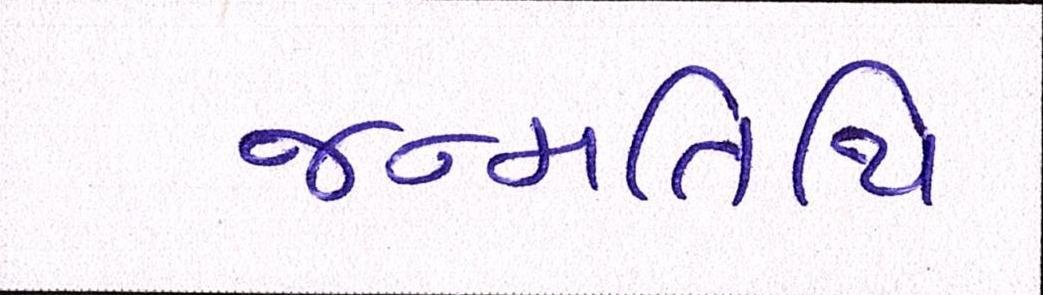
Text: જન્મતિથિ